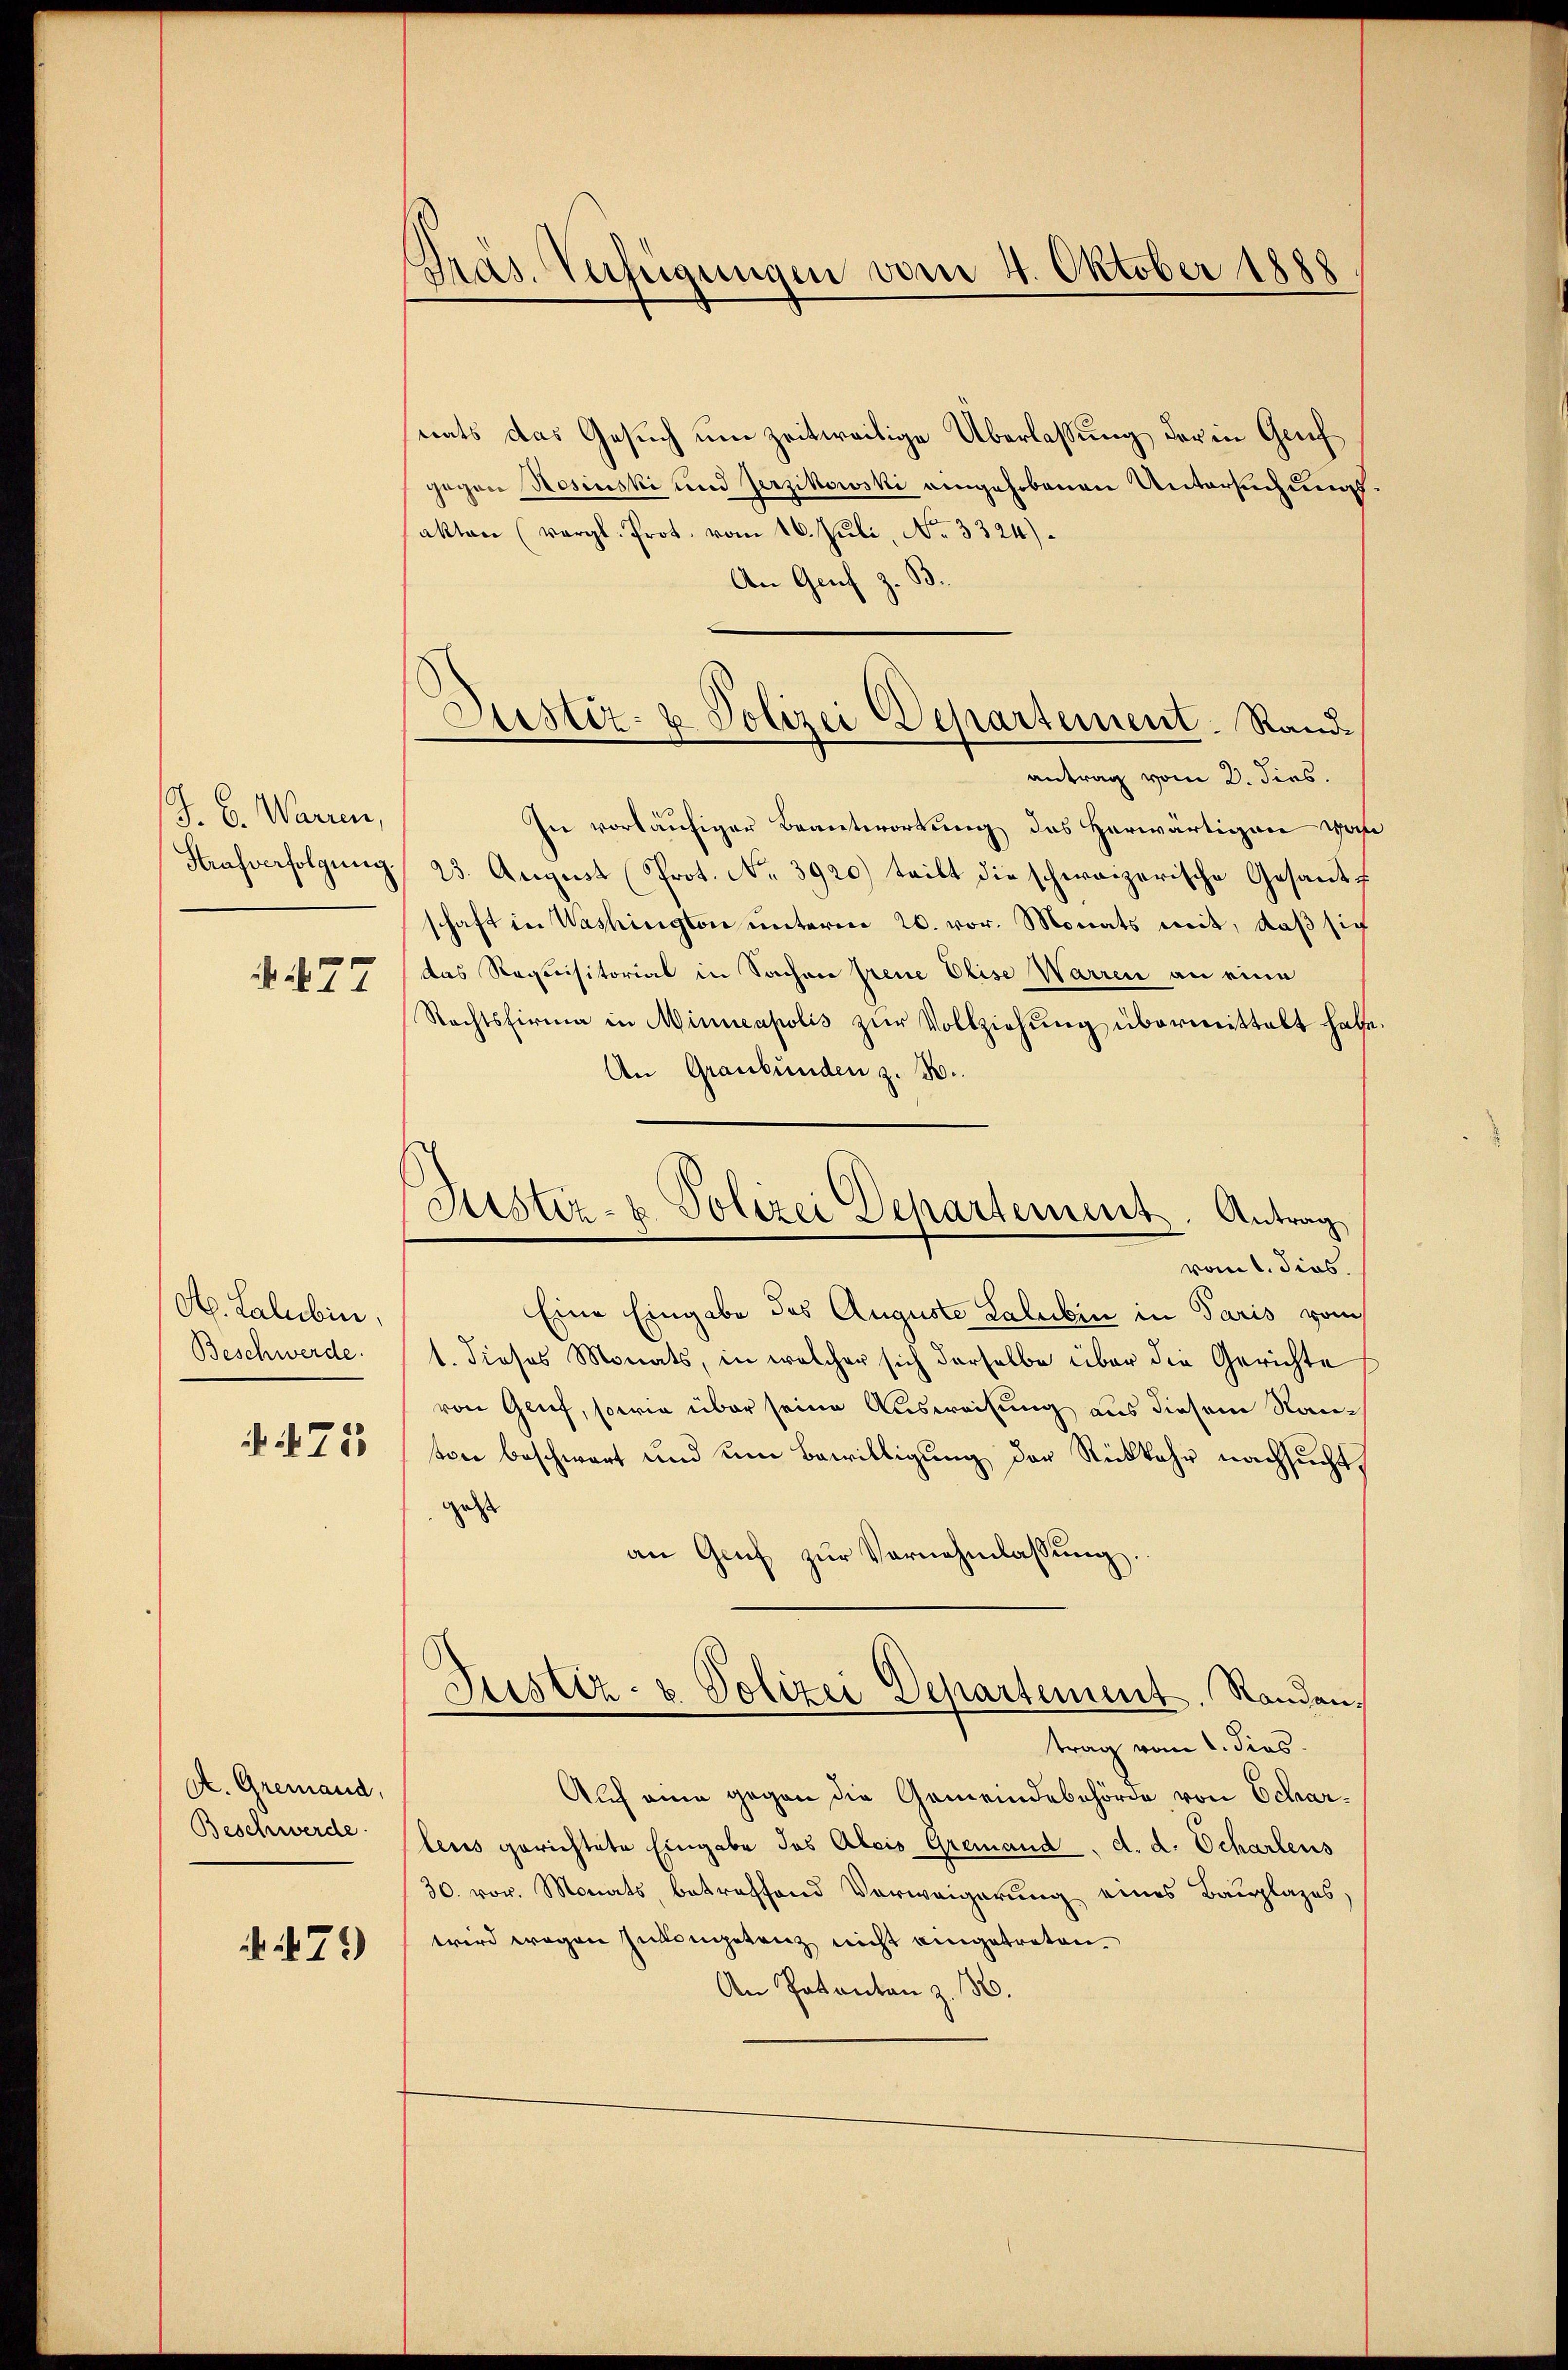
J. C. Waren,
Strafverfolgung.

§ 77

Ob. Lalubin,
Beschwerde.
 75

A. Gremand,
Beschwerde.

.79)

Pras. Verfügungen vom 4. Oktober 1888

Justiz- & Polizei Departement. Rand¬

nats das Gesuch um zeitweilige Überlassung der in Gruf
gegen Rosinski und Jerzikowski angehobenen Untersuchungsakten (vergl. Prot. vom 16. Juli, No. 3324).
An Genf z. B.
antrag vom 2. dies.
In vorläufiger Beantwortung des Herwärtigen wahr
23. August (Prot. No. 3920) teilt die schweizerische Gesandt
schaft in Washington unterm 20. vor. Monats mit, daß sich
das Requisitorial in Sachen freue Elise Warren an eine
Rechtsfirma in Minneapolis zur Vollziehung übermittelt habe
An Graubünden z. B.
vom 1. dies
Eine Eingabe des Auguste Lalubin in Paris vom
1. dieses Monats, in welcher sich derselbe über die Gerichte
von Genf, sowie über seine Ausweisung aus diesem Rauten beschwert und um Bewilligung der Rückkehr nachsucht,
gest
an Gruf zur Vornehmlassung.
Justiz- u. Polizei Departement. Randen,
trag vom 1. dies
Auch eine gegen die Gemeindebehörde von Scharlens gerichtete Eingabe das Alois Gremand, d. d. Schartens
30. vor. Monats, betreffend Verweigerung eines Bauplages,
wird wegen Inkompetenz nicht eingetreten.
An Potanton z. B.

Justiz- u. Polizei Departement. Antrag